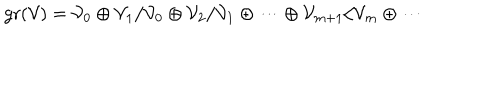
\mathrm { g r } ( { \cal V } ) = { \cal V } _ { 0 } \oplus { \cal V } _ { 1 } / { \cal V } _ { 0 } \oplus { \cal V } _ { 2 } / { \cal V } _ { 1 } \oplus \cdots \oplus { \cal V } _ { m + 1 } / { \cal V } _ { m } \oplus \cdots